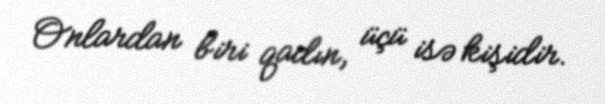
Onlardan biri qadın, üçü isə kişidir.